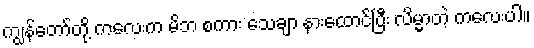
ကျွန်တော်တို့ ကလေးက မိဘ စကား သေချာ နားထောင်ပြီး လိမ္မာတဲ့ ကလေးပါ။